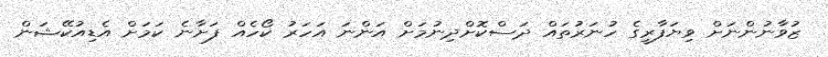
ޒުވާނުންނަށް ވިޔަފާރީގެ ހުނަރުތައް ދަސްކޮށްދިނުމަށް އަންނަ އަހަރު ކޯހެއް ފަށާނެ ކަމަށް އެޑިއުކޭޝަން